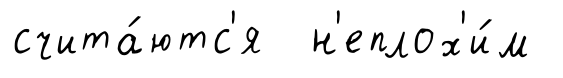
счита́ютс'я н'еплох'и́м